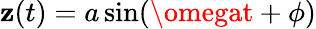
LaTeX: \mathbf{z}(t)=a\sin(\omegat+\phi)